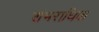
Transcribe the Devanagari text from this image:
शंभराधिक